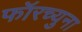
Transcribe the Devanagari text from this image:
फॉरच्युना